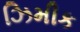
ઝિમીક